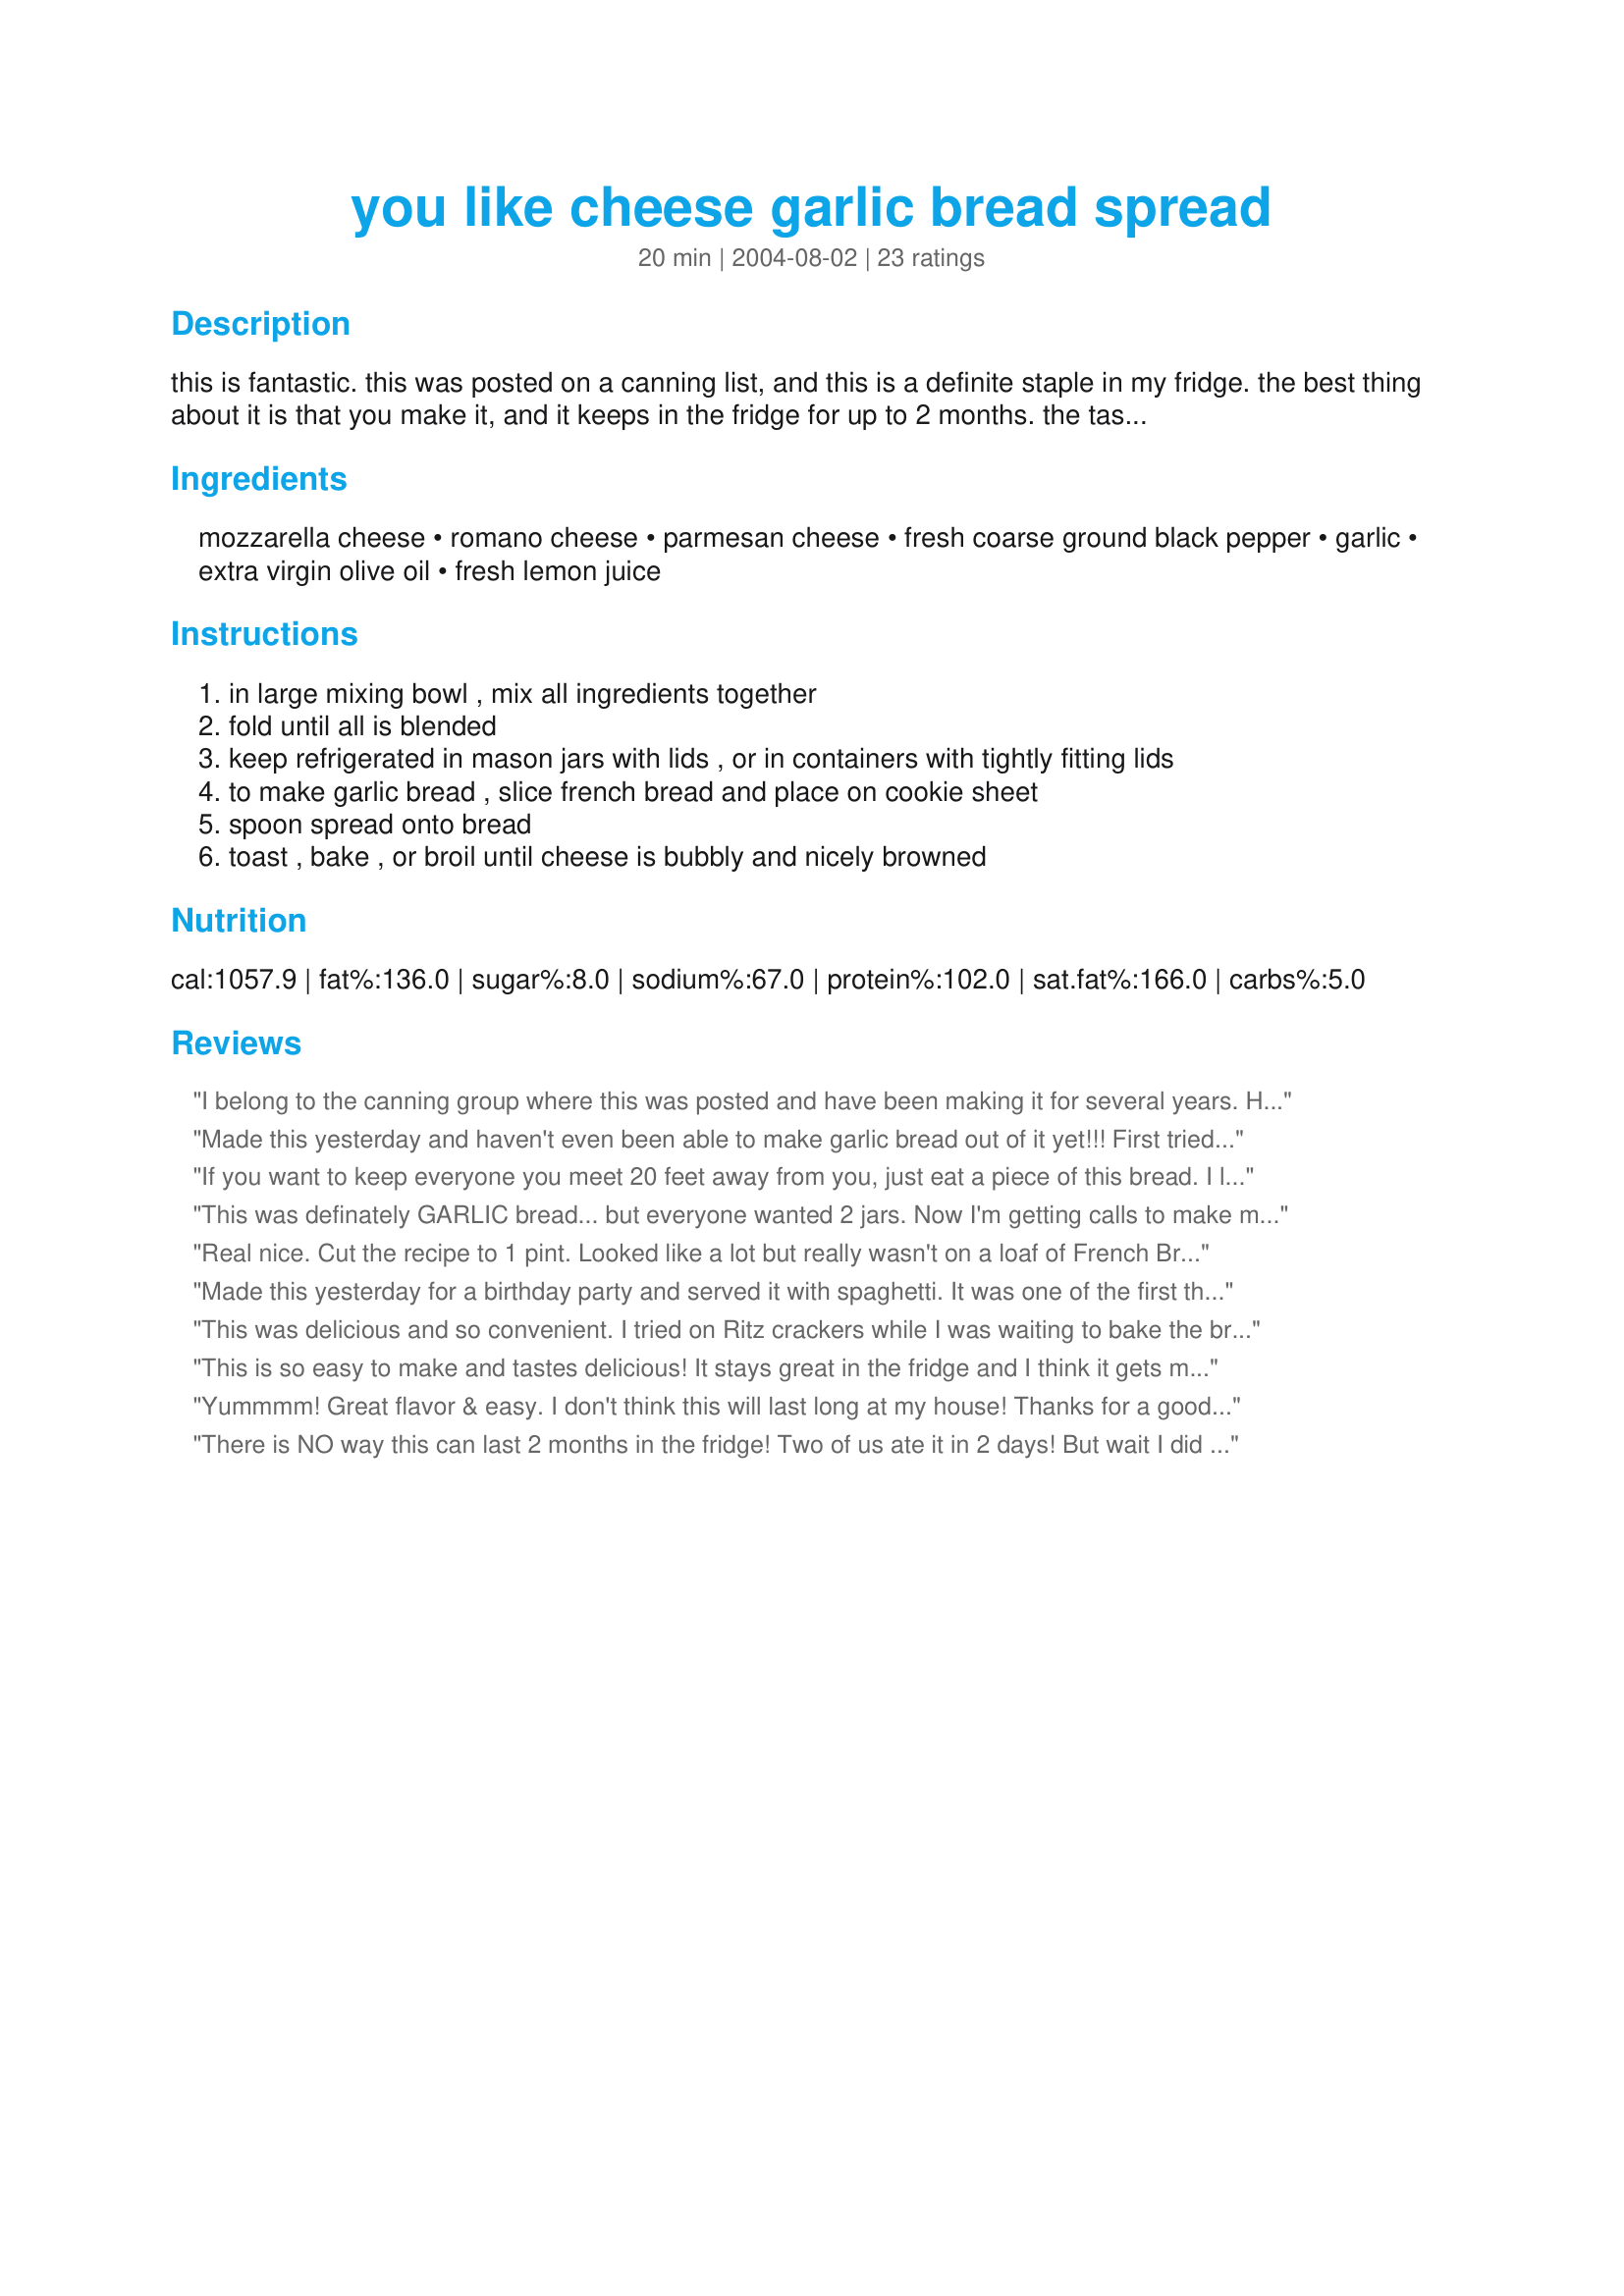
you like cheese garlic bread spread
Preparation time: 20 minutes

this is fantastic. this was posted on a canning list, and this is a definite staple in my fridge. the best thing about it is that you make it, and it keeps in the fridge for up to 2 months. the taste is fantastic!

Ingredients:
mozzarella cheese, romano cheese, parmesan cheese, fresh coarse ground black pepper, garlic, extra virgin olive oil, fresh lemon juice

Steps:
in large mixing bowl , mix all ingredients together
fold until all is blended
keep refrigerated in mason jars with lids , or in containers with tightly fitting lids
to make garlic bread , slice french bread and place on cookie sheet
spoon spread onto bread
toast , bake , or broil until cheese is bubbly and nicely browned

Reviews:
I belong to the canning group where this was posted and have been making it for several years. Have people begging me to make all the time. Wonderful!!!!!
Made this yesterday and haven't even been able to make garlic bread out of it yet!!! First tried it on crackers; yummy, garlicy, addicting. Then I used someone elses suggestion and mixed it into my meatloaf mixture. The whole house smelled wonderful - my DH even said he could smell it at the end of our street! He thought that was the best meatloaf he ever tasted, even better than his mothers - now thats saying alot! I quartered the recipe since there is only the two of us. Thank you for posting! Can't wait to try it today as garlic toast and leftover meatloaf. 10/20/06 Finally made the garlic bread and it was wonderful. Baked it then broiled it so the cheese was a little toasted. Great garlic recipe.11/15/06 Last night I put this on top of some canned spinach and broiled it, awsome!
If you want to keep everyone you meet 20 feet away from you, just eat a piece of this bread. I like garlic, but OH MY GOD not this much. Sorry, I would never make this again
This was definately GARLIC bread... but everyone wanted 2 jars. Now I'm getting calls to make more... If you LOVE garlic, ya gotta try this one. Thanks for a great recipe. By the way, it's even better after being in the refrigerator a couple of days.
Real nice. Cut the recipe to 1 pint. Looked like a lot but really wasn't on a loaf of French Bread. Two of us inhaled it. The EVO made a different taste from the usual butter. Like the bread dipping oil. The lemon juice also contributed. A keeper and maker again. Thanks for sharing.
Made this yesterday for a birthday party and served it with spaghetti. It was one of the first things to go at the table. It was very easy to prepare and tasted great. I made one before hand in my toaster oven to see if it needed anything extra, but it was just right. I think the mixture of the 3 cheeses gives it the perfect flavor -- i love how i didn't need to add any salt. I added extra garlic and i left out the lemon juice. Great recipe, thanks!
This was delicious and so convenient. I tried on Ritz crackers while I was waiting to bake the bread and it was awesome. Thanks for such a great recipe.
This is so easy to make and tastes delicious! It stays great in the fridge and I think it gets more flavorful the longer it sits! But don't expect it to last very long. It doesn't have to be just a bread spread..try it on veggies, omelets, tortillas, soften it a bit in the microwave for a quick appy to spread on crackers. Thanks for sharing your recipe C in PA!
Yummmm! Great flavor & easy. I don't think this will last long at my house! Thanks for a good & easy recipe.

There is NO way this can last 2 months in the fridge! Two of us ate it in 2 days! But wait I did cut the recipe down to fourth of what it calls for. As you see in the picture I made it on bread in the oven. The oil came through the bread making the bottom soft, rich and yummy and the top was gooey, crisp, garlicky, and salty. Being it called for so much garlic I used the crushed jar garlic. I hardly ever use it. It `s in my fridge for emergency `s. This would be great on a home made pizza, in Quesadillas, top a meatloaf with it, Or blend it into your favorite baked pasta. This is a must make. Yes I was foolish not to make the whole recipe. A keeper!
Yum! I used fresh minced garlic when I mixed up a jar of this. I made some french bread and topped it with the spread. OMG! It was wonderful served with Sausage Gumbo. It could always be made with less garlic for someone who wants a milder garlic taste. mmmmmmmm
What a great bread spread!!! I made this, only to realize I only had half the amount of mozzerella called for so added monterey jack cheese also. Great recipe!!! I loved this as did my family. I will make this bread many times.....thank you so much for sharing this with us.
Very good, cheesy bread. I cut the recipe down to 1 pint and used it on a loaf of Failproof French Bread #81211, sliced, then broiled until melted. Like Rita L, I used bottled minced garlic which was very convenient though I may actually increase the amount next time. I really liked that this is made with olive oil that has a lot more health benefits than butter, and the oil sinks into the bread for a wonderful flavor. Everyone loved this, even the kids. My fridge is jammed, I may make some more to store in the freezer. Thanks, C in PA for a super recipe!
Yum! This is so easy and so tasty! I only made 1/4 of the recipe for 2 of us, but now I think that I'll make it again and always have on reserve. Thanks C in PA. Made for Cookbook Tag.
OK, I know how to keep the vampires away! LOL This stuff is great! I reduced the recipe, but I could see making the full recipe up, serving for a dinner with friends and handing them a jar of this on the way out the door! I enjoyed the flavors, and think that the lemon added a bit of brightness. Thanks so much for sharing, C in PA.
Wow is this garlicy (not that that's a bad thing!) I quartered the recipe and had enough for 2 mini baguettes. I had to use shredded romano not grated so added a little extra. I also used half fresh garlic and half pickled garlic (it was from recipe #263732 - I didn't want to waste it and wasn't sure what else to do with it!) Went great with the black bean soup I had for dinner. Thanks for sharing!
Very very good. Great combination of cheese flavors, but I will cut back just a little on the Romano cheese next time as I personally thought it was a little stronge. I made only a third of the recipe and have plenty for lots of bread. Thanks for sharing. Made for Best of 2011 tag game.
I made about a 1/5 recipe but I let the computer do the calculations and they were a bit funky-1/5 of 1 cup is not 1/4 cup or garlic-. I didn't realize this until later so I will probably try it again. We did like it a lot it was just too strong. I love that if you don't use it all you can store it for a while.
Very good spread recipe! I think next time I will leave out the lemon juice. I did not care for the lemon taste so much but the garlic was heavenly! I am making this for company tomorrow night.
Thanks!
I can't believe I forgot to review this. This is really awesome. My kids love it. I make it every time we have spaghetti or lasagna. I've even made one night while watching a movie. It reminds me of the Rockefeller bread that the Fish House Vera Cruz in San Marcos, CA serves minus the spinach.
Definitely very yummy. I used a coarsely shredded mozz, I think it would be more spreadable with finer shreds. That won't stop me from using up this original batch, and going on for more!
I reduced the amounts to make 1/4 of the recipe. We were very pleased with this cheesy, very garlicy spread. It melted well on french loaves. I did add dried parsley flakes to the spread for some color. Thanks for sharing your recipe.
Wow!! This was awesome. I made one pint as there is only 2 of us. I made it exactly as written and wouldn't change a thing. It was perfect. Next time I plan to make more so I can share with friends. Thanks for sharing a great recipe.
